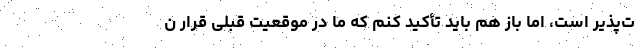
ت‌پذیر است، اما باز هم باید تأکید کنم که ما در موقعیت قبلی قرار ن